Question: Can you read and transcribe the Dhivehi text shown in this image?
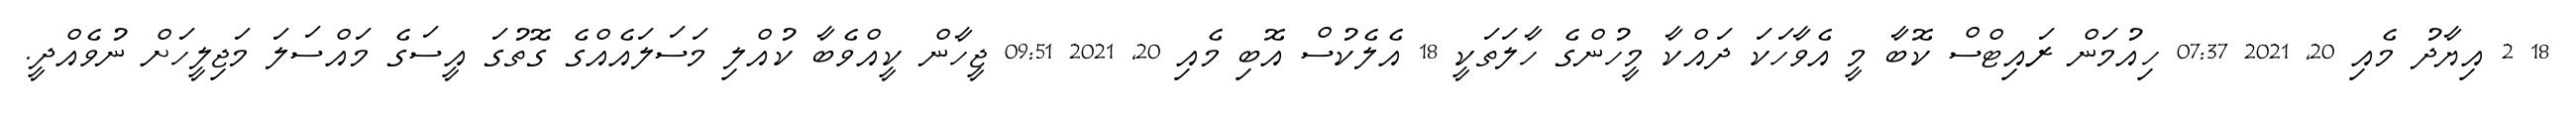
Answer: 18 2 އިޔާދު މެއި 20, 2021 07:37 ހިއުމަން ރައިޓްސް ކޮބާ މީ އެވާހަކަ ދައްކާ މީހުންގެ ހާލަތަކީ 18 އެލެކުސް އޮބި މެއި 20, 2021 09:51 ޖީހާން ކީއްވެބާ ކުއްލި މަސަލައެއްގެ ގޮތުގަ އީސަގެ މައްސަލަ މަޖިލީހަށް ނުވެއްދީ.